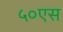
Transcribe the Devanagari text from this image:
५०एस